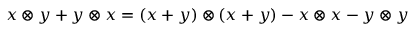
x \otimes y + y \otimes x = ( x + y ) \otimes ( x + y ) - x \otimes x - y \otimes y